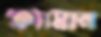
শ্রূয়মান